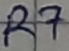
Text: R7